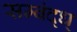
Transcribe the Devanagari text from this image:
सम्बंद्ध्